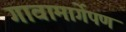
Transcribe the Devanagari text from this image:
गावामार्गेपण